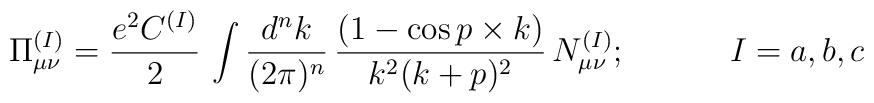
\Pi_{\mu\nu}^{(I)} = {e^{2}C^{(I)}\over 2}\, \int {d^{n}k\over(2\pi)^{n}}\,{(1-\cos p\times k)\over k^{2} (k+p)^{2}}\,N_{\mu\nu}^{(I)};\;\;\;\;\;\;\;\;\;\;\; I =a,b,c